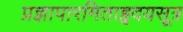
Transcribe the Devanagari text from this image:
प्रज्ञापारमिताहृदयसूत्र